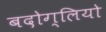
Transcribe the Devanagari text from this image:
बदोग्लियो